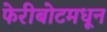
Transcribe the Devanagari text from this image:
फेरीबोटमधून